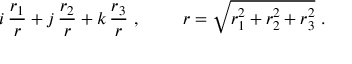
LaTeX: i \, \frac { r _ { 1 } } { r } + j \, \frac { r _ { 2 } } { r } + k \, \frac { r _ { 3 } } { r } ~ , ~ ~ ~ ~ ~ ~ ~ r = \sqrt { r _ { 1 } ^ { 2 } + r _ { 2 } ^ { 2 } + r _ { 3 } ^ { 2 } } ~ .